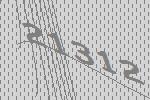
21312